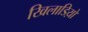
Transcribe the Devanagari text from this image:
खिलाडिय़ों